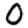
Digit: 0